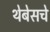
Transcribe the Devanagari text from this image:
थेबेसचे